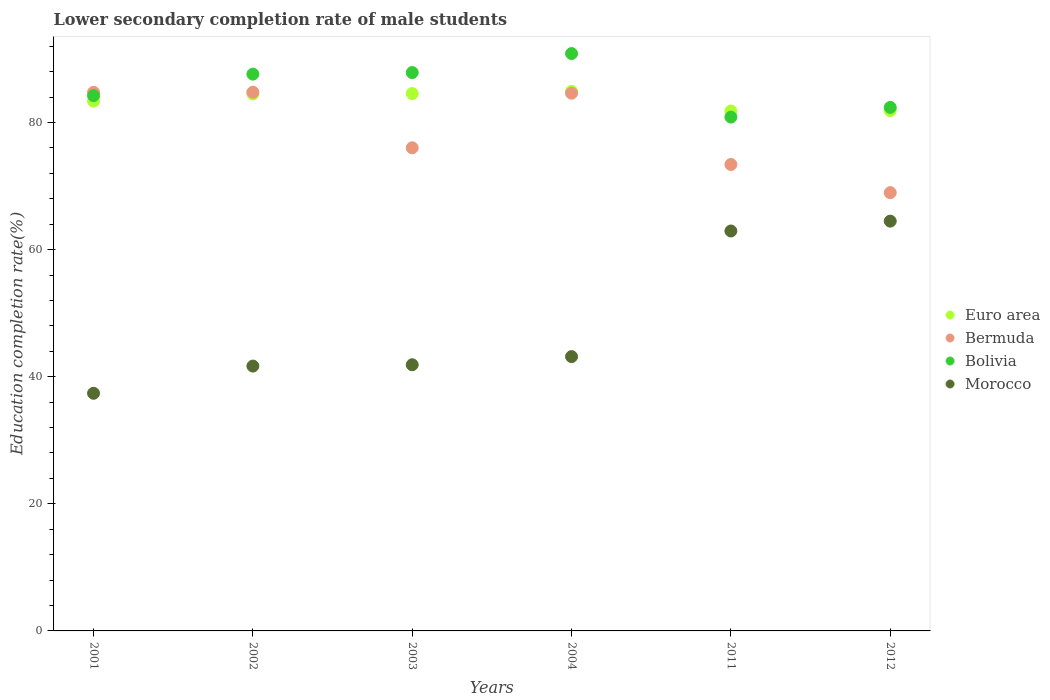
| Years | Euro area | Bermuda | Bolivia | Morocco |
 | --- | --- | --- | --- | --- |
 | 2001 | 83.4 | 84.8 | 84.2 | 37.4 |
 | 2002 | 84.5 | 84.8 | 87.6 | 41.7 |
 | 2003 | 84.6 | 76 | 87.9 | 41.9 |
 | 2004 | 84.9 | 84.6 | 90.9 | 43.2 |
 | 2011 | 81.8 | 73.4 | 80.9 | 62.9 |
 | 2012 | 81.9 | 69 | 82.4 | 64.5 |